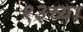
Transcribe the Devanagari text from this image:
१३च्या